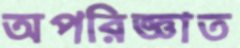
অপরিজ্ঞাত